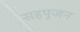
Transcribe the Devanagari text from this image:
सहपूजन